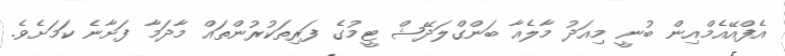
އެފްއޭއެމްއިން ބުނީ މިއަދު މާލެއާ ބަންގްލަދޭޝް ޓީމުގެ ފަރިތަކުރުންތައް މާދަމާ ފަށާނެ ކަމަށެވެ.